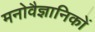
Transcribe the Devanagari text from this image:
मनाेवैज्ञानिकाें